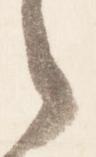
之